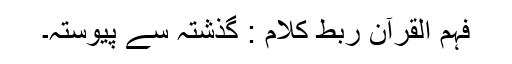
فہم القرآن ربط کلام : گذشتہ سے پیوستہ۔